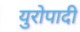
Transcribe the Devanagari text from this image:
युरोपादी